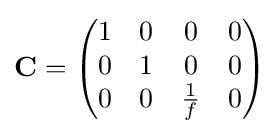
\mathbf {C} ={\begin{pmatrix}1&0&0&0\\0&1&0&0\\0&0&{\frac {1}{f}}&0\end{pmatrix}}